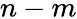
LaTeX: n-m